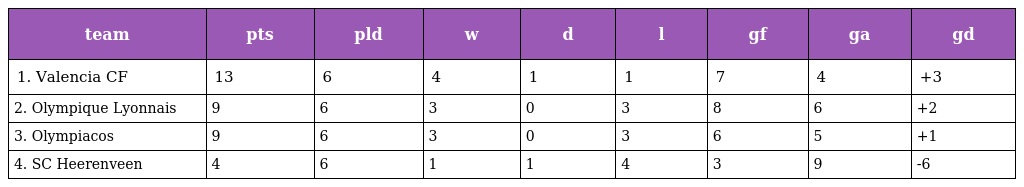
| team | pts | pld | w | d | l | gf | ga | gd |
 | --- | --- | --- | --- | --- | --- | --- | --- | --- |
 | 1. Valencia CF | 13 | 6 | 4 | 1 | 1 | 7 | 4 | +3 |
 | 2. Olympique Lyonnais | 9 | 6 | 3 | 0 | 3 | 8 | 6 | +2 |
 | 3. Olympiacos | 9 | 6 | 3 | 0 | 3 | 6 | 5 | +1 |
 | 4. SC Heerenveen | 4 | 6 | 1 | 1 | 4 | 3 | 9 | -6 |